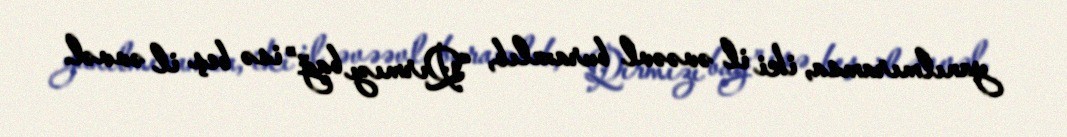
yanılmıramsa, iki il əvəəvl buraxılıb, “Qırmızı bağ” isə beş il əvvəl.